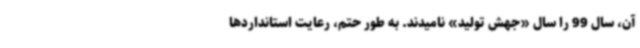
آن، سال 99 را سال «جهش تولید» نامیدند. به طور حتم، رعایت استانداردها